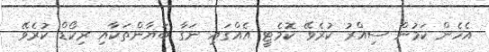
އެހެން ކަމުން ސިއްރު ކުރެވޭ ކޮމެޓީ އެއްގައި ނަގާ ބަޔާންތަކާއި ރިކޯޑް ކުރެވޭ